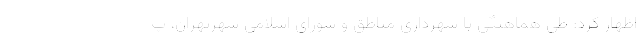
اظهار کرد: طی هماهنگی با شهرداری مناطق و شورای اسلامی شهرتهران، پ